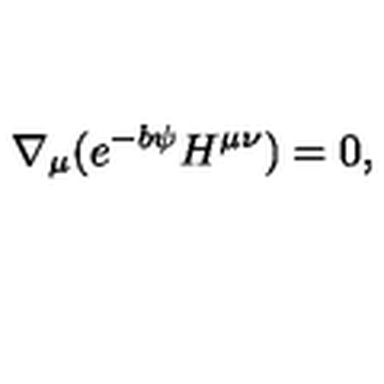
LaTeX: \nabla _ { \mu } ( e ^ { - b \psi } H ^ { \mu \nu } ) = 0 ,